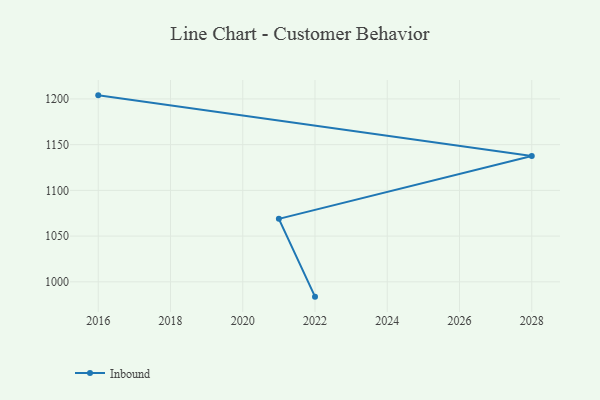
{"axis": {"x": "Year", "y": "Active Users"}, "legend": ["Inbound"], "data": [{"x": "2022", "y": 983.8, "type": "Inbound"}, {"x": "2021", "y": 1068.9, "type": "Inbound"}, {"x": "2028", "y": 1137.5, "type": "Inbound"}, {"x": "2016", "y": 1203.9, "type": "Inbound"}]}